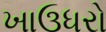
ખાઉધરો